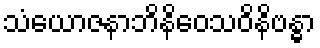
သံယောဇနာဘိနိဝေသဝိနိဗန္ဓာ